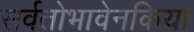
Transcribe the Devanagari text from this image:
सर्वतोभावेनकिया